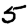
Digit: 5